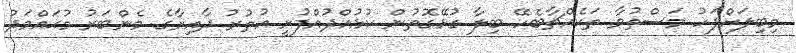
މިބިލަށްފަހު މަސްތުވާ ތަކެއްޗާބެހޭ ބިލާ ގުޅޭގޮތުން ކުޅުއްދުއްފުށީ އުތުރު ދާއިރާގެ މެންބަރު މުޙައްމަދު